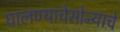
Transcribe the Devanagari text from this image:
घालण्याचेसोन्याचे